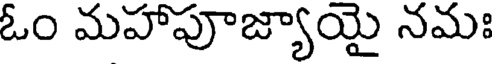
ఓం మహాపూజ్యాయై నమః